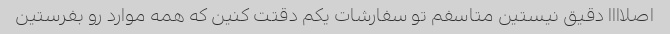
اصلاااا دقیق نیستین متاسفم تو سفارشات یکم دقتت کنین که همه موارد رو بفرستین